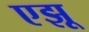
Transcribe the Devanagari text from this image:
एझू